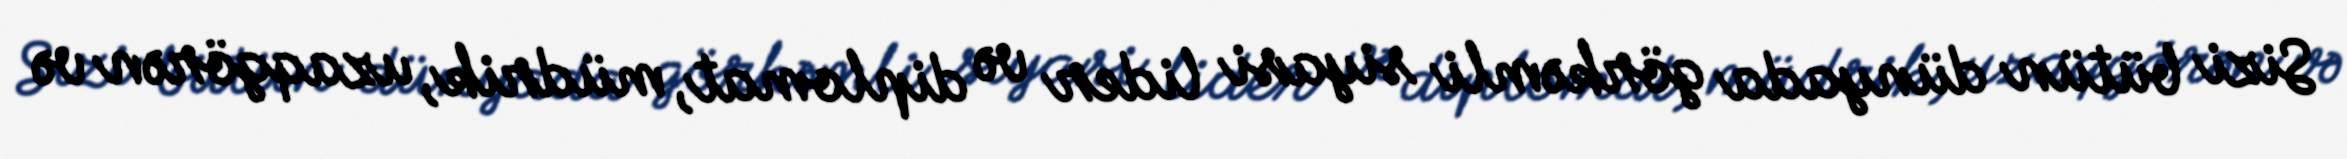
Sizi bütün dünyada görkəmli siyasi lider və diplomat, müdrik, uzaqgörən və